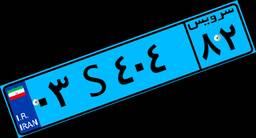
۰۳S۴۰۴۸۲